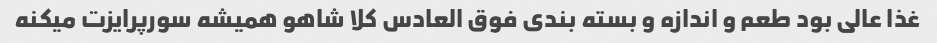
غذا عالی بود طعم و اندازه و بسته بندی فوق العادس کلا شاهو همیشه سورپرایزت میکنه